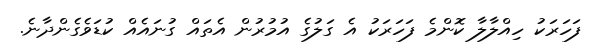
ފަހަރަކު ހިއްލާލާ ކޮންމެ ފަހަރަކު އެ ގަލުގެ އުމުރުން އެތައް ގުނައެއް ކުޑަވެގެންދާނެ.